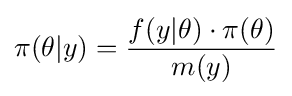
\pi (\theta |y)={\frac {f(y|\theta )\cdot \pi (\theta )}{m(y)}}